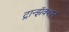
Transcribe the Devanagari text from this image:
ट्रान्झॅक्शन